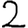
Digit: 2